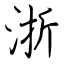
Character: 浙